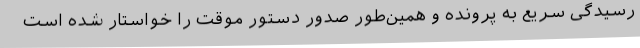
رسیدگی سریع به پرونده و همین‌طور صدور دستور موقت را خواستار شده است